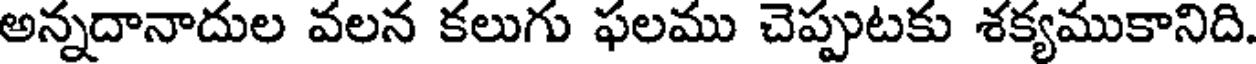
అన్నదానాదుల వలన కలుగు ఫలము చెప్పుటకు శక్యముకానిది.